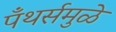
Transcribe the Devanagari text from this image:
पँथर्समुळे